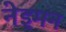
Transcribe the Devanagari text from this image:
नेइमन